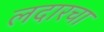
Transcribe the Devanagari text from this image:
लदारचा